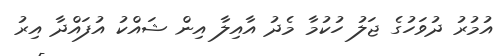
އުމުރު ދުވަހުގެ ޖަލު ހުކުމާ މެދު އާއިލާ އިން ޝައްކު އުފައްދާ އިރު